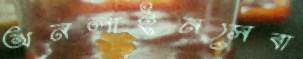
অনলাইনসেবা